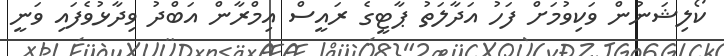
ކޯލިޝަނުން ވަކިވުމަށް ފަހު އަދާލަތު ޕާޓީގެ ރައީސް އިމްރާން އަބްދު ވިދާޅުވެފައި ވަނީ